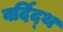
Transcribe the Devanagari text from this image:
वर्दिद्थ